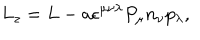
LaTeX: L _ { z } = L - a \epsilon ^ { \mu \nu \lambda } P _ { \mu } n _ { \nu } p _ { \lambda } ,